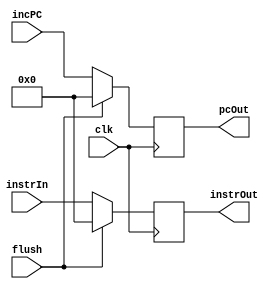
module IBUFF(incPC, instrIn, clk, flush, pcOut, instrOut);
	input flush, clk;
	input [31:0] incPC, instrIn;
	output reg [31:0] pcOut = 32'b0, instrOut = 32'b0;
	
	always @(posedge clk) begin
		if (flush == 1'b1) begin
			pcOut <= 0;
			instrOut <= 0;
		end
		else begin
			pcOut <= incPC;
			instrOut <= instrIn;
		end
	end
endmodule